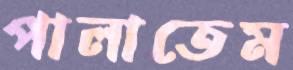
পালাতেম